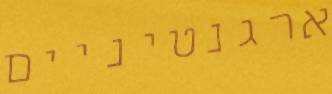
ארגנטיניים